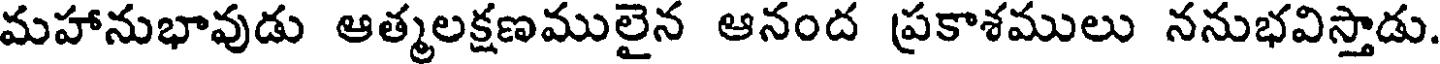
మహానుభావుడు ఆత్మలక్షణములైన ఆనంద ప్రకాశములు ననుభవిస్తాడు.